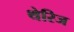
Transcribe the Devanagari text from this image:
थेरिज